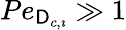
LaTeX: Pe_{\mathsf{D}_{c,\imath}}\gg 1